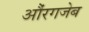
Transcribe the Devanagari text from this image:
औंरगजेब